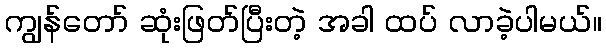
ကျွန်တော် ဆုံးဖြတ်ပြီးတဲ့ အခါ ထပ် လာခဲ့ပါမယ်။